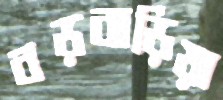
বড়বাড়িয়া